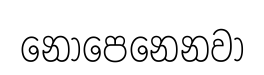
නොපෙනෙනවා